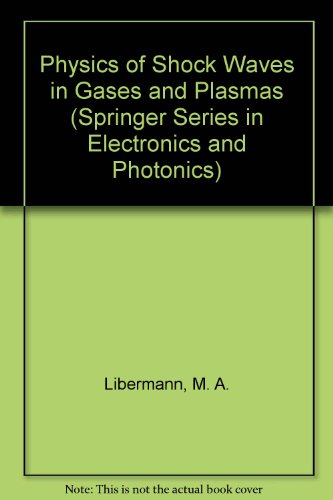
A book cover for Physics of Shock Waves in Gases and Plasmas (Springer Series in Electronics and Photonics); M. A. Libermann; Science & Math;